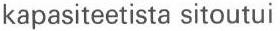
kapasiteetista sitoutui